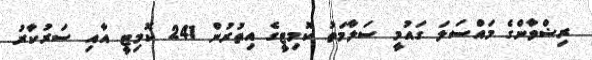
ރިޟްވާންގެ މައްސަލަ ގައުމީ ސަލާމަތު ކޮމިޓީގެ އިތުރުން 241 ކޮމިޓީ އާއި ސަރުކާރު